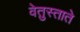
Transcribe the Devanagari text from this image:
वेतुस्ताते